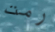
رمت